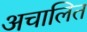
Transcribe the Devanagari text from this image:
अचालित